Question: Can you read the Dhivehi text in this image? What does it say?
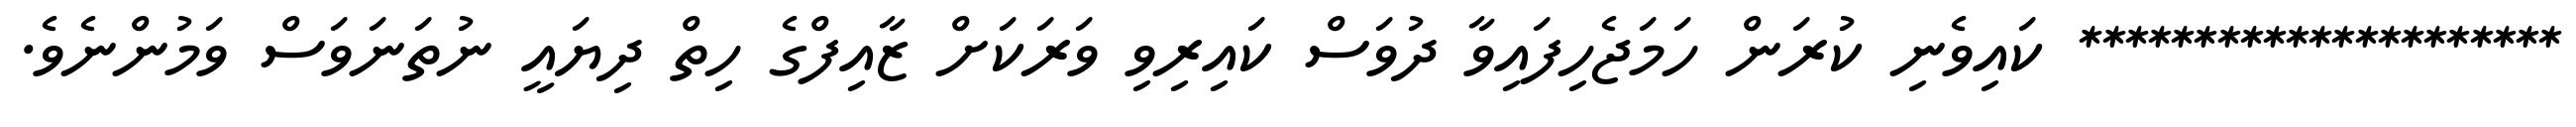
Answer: ********************* ކައިވެނި ކުރަން ހަމަޖެހިފައިވާ ދުވަސް ކައިރިވި ވަރަކަށް ޒާއިފްގެ ހިތް ދިޔައީ ނުތަނަވަސް ވަމުންނެވެ.